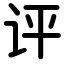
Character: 评